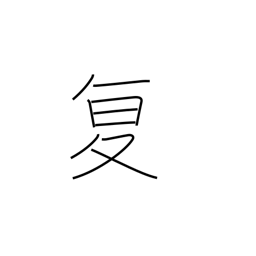
Meaning: repeat